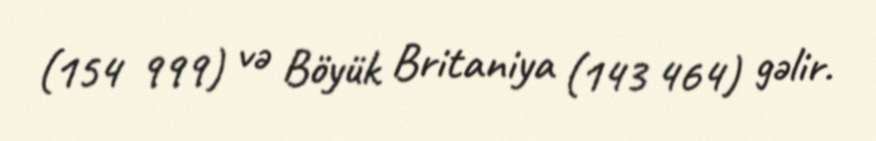
(154 999) və Böyük Britaniya (143 464) gəlir.